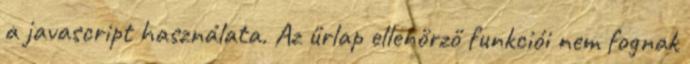
a javascript használata. Az űrlap ellenőrző funkciói nem fognak